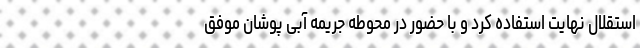
استقلال نهایت استفاده کرد و با حضور در محوطه جریمه آبی پوشان موفق